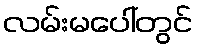
လမ်းမပေါ်တွင်